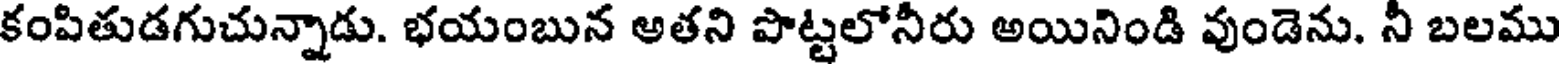
కంపితుడగుచున్నాడు. భయంబున అతని పొట్టలోనీరు అయినిండి వుండెను. నీ బలము